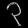
Digit: ၃